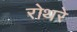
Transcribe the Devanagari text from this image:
रोथरे